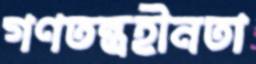
গণতন্ত্রহীনতা